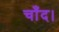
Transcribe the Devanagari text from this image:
चाँद।